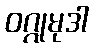
ဝဂ္ဂုမုဒါ